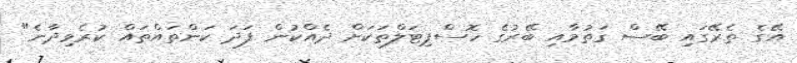
އޭގެ ތެރޭގައި ބޭސް ގަތުމާއި ބޭރުގެ ހޮސްޕިޓަލްތަކަށް ދެއްކުން ފަދަ ކަންތައްތައް ކުރެވިދާނެ"